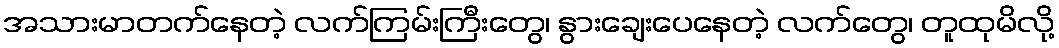
အသားမာတက်နေတဲ့ လက်ကြမ်းကြီးတွေ၊ နွားချေးပေနေတဲ့ လက်တွေ၊ တူထုမိလို့